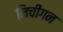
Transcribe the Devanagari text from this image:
मिचीगन